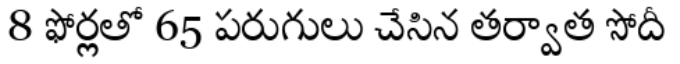
8 ఫోర్లతో 65 పరుగులు చేసిన తర్వాత సోదీ